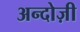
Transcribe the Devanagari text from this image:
अन्दोज़ी